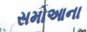
સમોઆના